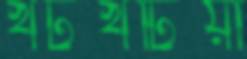
খটখটিয়া